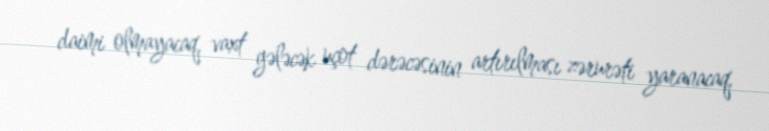
daimi olmayacaq, vaxt gələcək uçot dərəcəsinin artırılması zərurəti yaranacaq.